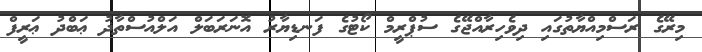
މިރޭގެ ރަސްމިއްޔާތުގައި ދިވެހިރާއްޖޭގެ ސުޕްރީމް ކޯޓުގެ ފަނޑިޔާރު އޮނަރަބަލް އަލްއުސްތާޛު ޢަބްދު ޢަރީފް